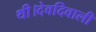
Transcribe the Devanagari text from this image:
थी।देवदिवाली